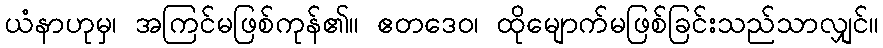
ယံနာဟုမှ၊ အကြင်မဖြစ်ကုန်၏။ ဧတဒေဝ၊ ထိုမျောက်မဖြစ်ခြင်းသည်သာလျှင်။